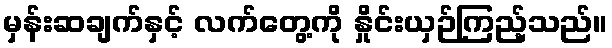
မှန်းဆချက်နှင့် လက်တွေ့ကို နှိုင်းယှဉ်ကြည့်သည်။